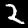
Digit: 2